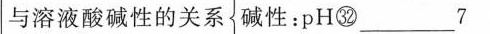
与溶液酸碱性的关系 碱性：pH㉜_____7